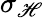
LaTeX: \sigma_{\mathscr{H}}